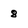
Character: 8